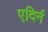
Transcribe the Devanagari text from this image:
एदिर्न